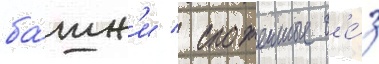
ба́шн'и / сложенные б'е́з